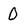
Character: 0